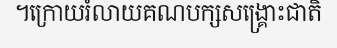
។ក្រោយរំលាយគណបក្សសង្គ្រោះជាតិ